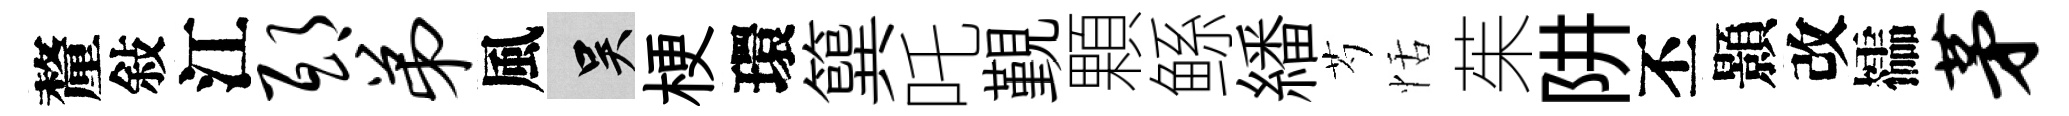
釐敍江邸弟風吴梗環簨吒覲顆鲧繙芍恬茱阱丕顥改櫺茅